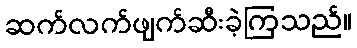
ဆက်လက်ဖျက်ဆီးခဲ့ကြသည်။